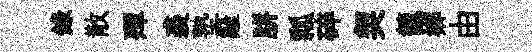
錄散殫裘塾籬胼瓢碎契籠郷由